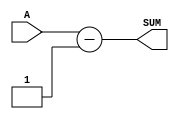

//// RTL for DW01_dec starts here /////
module DW01_dec(A,SUM)/* synthesis syn_builtin_du = "weak" */;
parameter  width = 16;

input [width-1:0] A;
output [width-1:0] SUM;

assign SUM = A - 1'b1;

endmodule